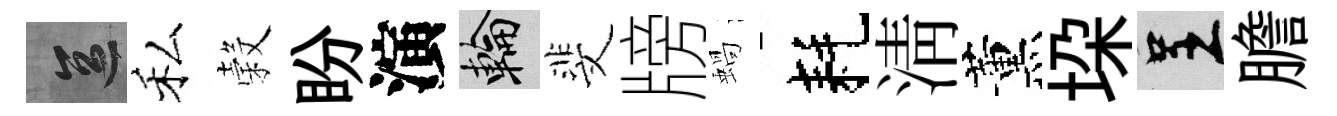
區私穀盼演輪斐牓蝸耗清薰垜呈膽